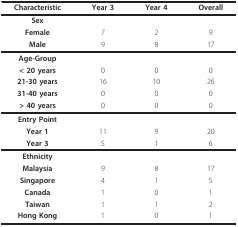
<table><thead><tr><td><b>Characteristic</b></td><td><b>Year 3</b></td><td><b>Year 4</b></td><td><b>Overall</b></td></tr></thead><tbody><tr><td><b>Sex</b></td><td></td><td></td><td></td></tr><tr><td><b>Female</b></td><td>7</td><td>2</td><td>9</td></tr><tr><td><b>Male</b></td><td>9</td><td>8</td><td>17</td></tr><tr><td><b>Age-Group</b></td><td></td><td></td><td></td></tr><tr><td><b>&lt; 20 years</b></td><td>0</td><td>0</td><td>0</td></tr><tr><td><b>21-30 years</b></td><td>16</td><td>10</td><td>26</td></tr><tr><td><b>31-40 years</b></td><td>0</td><td>0</td><td>0</td></tr><tr><td><b>&gt; 40 years</b></td><td>0</td><td>0</td><td>0</td></tr><tr><td><b>Entry Point</b></td><td></td><td></td><td></td></tr><tr><td><b>Year 1</b></td><td>11</td><td>9</td><td>20</td></tr><tr><td><b>Year 3</b></td><td>5</td><td>1</td><td>6</td></tr><tr><td><b>Ethnicity</b></td><td></td><td></td><td></td></tr><tr><td><b>Malaysia</b></td><td>9</td><td>8</td><td>17</td></tr><tr><td><b>Singapore</b></td><td>4</td><td>1</td><td>5</td></tr><tr><td><b>Canada</b></td><td>1</td><td>0</td><td>1</td></tr><tr><td><b>Taiwan</b></td><td>1</td><td>1</td><td>2</td></tr><tr><td><b>Hong Kong</b></td><td>1</td><td>0</td><td>1</td></tr></tbody></table>